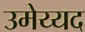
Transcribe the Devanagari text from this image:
उमेय्यद